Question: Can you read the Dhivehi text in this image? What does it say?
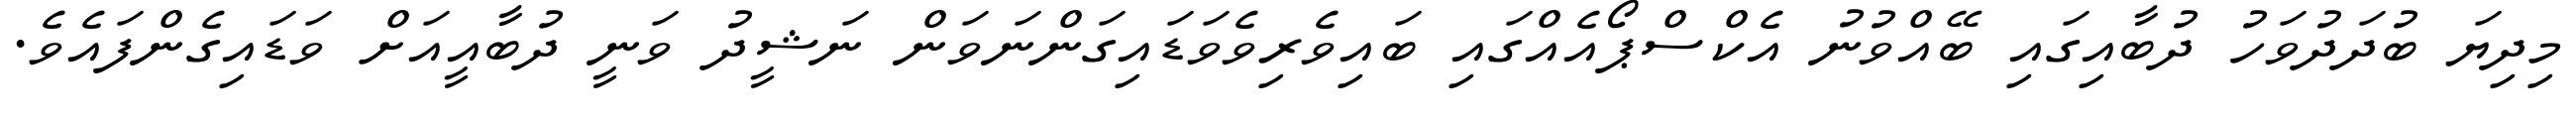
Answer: މިދިޔަ ބުދަދުވަހު ދުބާއިގައި ބޭއްވުނު އެކްސްޕޯއެއްގައި ބައިވެރިވެވަޑައިގަންނަވަން ނަޝީދު ވަނީ ދުބާއީއަށް ވަޑައިގެންފައެވެ.